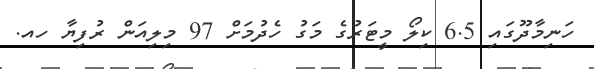
ހަނިމާދޫގައި 6.5 ކިލޯ މީޓަރުގެ މަގު ހެދުމަށް 97 މިލިއަން ރުފިޔާ ހއ.